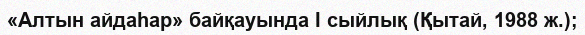
«Алтын айдаһар» байқауында I сыйлық (Қытай, 1988 ж.);